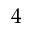
4